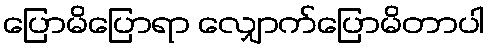
ပြောမိပြောရာ လျှောက်ပြောမိတာပါ